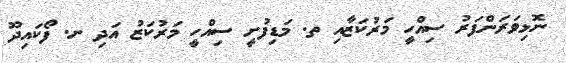
ނޮޅިވަރަންފަރު ސިއްހީ މަރުކަޒާއި ތ. މަޑިފުށީ ސިއްހީ މަރުކަޒު އަދި ށ. ފޯކައިދޫ